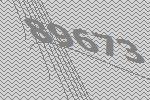
89673